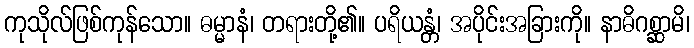
ကုသိုလ်ဖြစ်ကုန်သော။ ဓမ္မာနံ၊ တရားတို့၏။ ပရိယန္တံ၊ အပိုင်းအခြားကို။ နာဓိဂစ္ဆာမိ၊